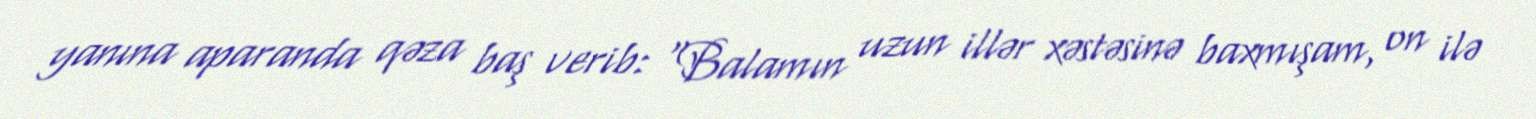
yanına aparanda qəza baş verib: “Balamın uzun illər xəstəsinə baxmışam, on ilə